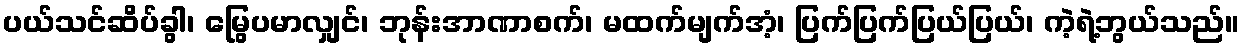
ပယ်သင်ဆိပ်ခွါ၊ မြွေပမာလျှင်၊ ဘုန်းအာဏာစက်၊ မထက်မျက်အံ့၊ ပြက်ပြက်ပြယ်ပြယ်၊ ကဲ့ရဲ့ဘွယ်သည်။